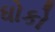
ધોકો